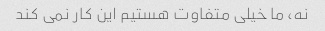
نه، ما خیلی متفاوت هستیم این کار نمی کند